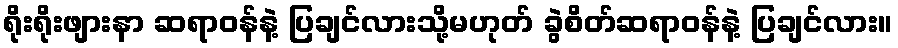
ရိုးရိုးဖျားနာ ဆရာဝန်နဲ့ ပြချင်လားသို့မဟုတ် ခွဲစိတ်ဆရာဝန်နဲ့ ပြချင်လား။